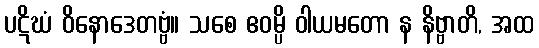
ပဋိဃံ ဝိနောဒေတဗ္ဗံ။ သစေ ဧဝမ္ပိ ဝါယမတော န နိဗ္ဗာတိ, အထ